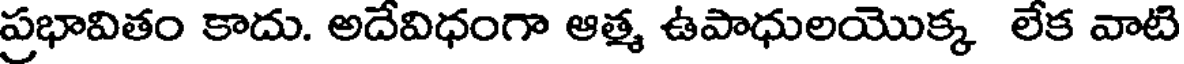
ప్రభావితం కాదు. అదేవిధంగా ఆత్మ ఉపాధులయొక్క లేక వాటి